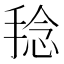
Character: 𱠑